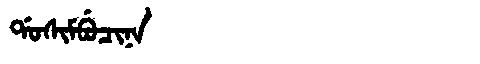
Manchu: ᡩᠣᠰᡳᠮᠪᡠᠴᡳᠨᠠ
Romanization: DOSIMBUCINA